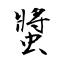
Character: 螿